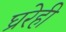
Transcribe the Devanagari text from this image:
घ्ररेही